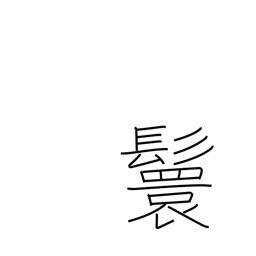
Meaning: male hairstyle of looped ponytails